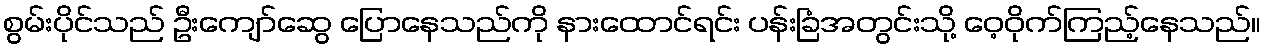
စွမ်းပိုင်သည် ဦးကျော်ဆွေ ပြောနေသည်ကို နားထောင်ရင်း ပန်းခြံအတွင်းသို့ ဝေ့ဝိုက်ကြည့်နေသည်။